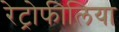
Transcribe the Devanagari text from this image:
रेट्रोफीलिया